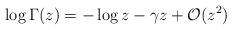
LaTeX: \begin{align*}\log\Gamma(z)=-\log z-\gamma z+{\cal O}(z^2)\end{align*}